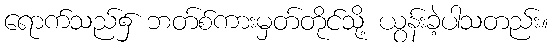
ရောက်သည်၌ ဘတ်စ်ကားမှတ်တိုင်သို့ ယွန်းခဲ့ပါသတည်း။